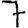
Digit: 7